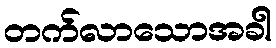
တက်လာသောအခါ